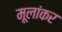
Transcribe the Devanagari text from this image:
मूलांकर